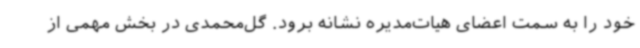
خود را به سمت اعضای هیات‌مدیره نشانه برود. گل‌محمدی در بخش مهمی از